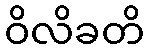
ဝိလိခတိ